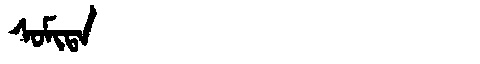
Manchu: ᠰᠣᠮᡳᡨᠠ
Romanization: SOMITA